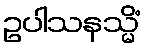
ဥပါသနသ္မိံ